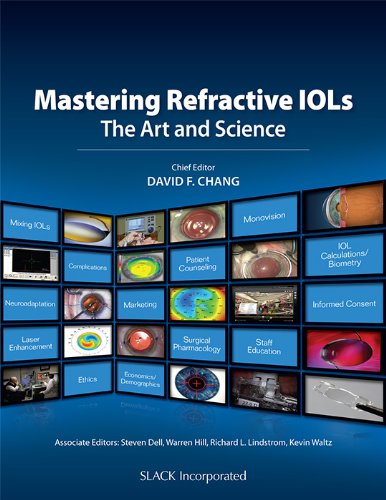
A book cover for Mastering Refractive IOLs: The Art and Science; David F. Chang MD; Medical Books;